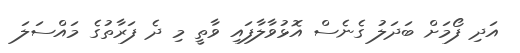
އަދި ފޯމަށް ބަދަލު ގެނެސް އޮޅުވާލާފައި ވާތީ މި ދެ ފަރާތުގެ މައްސަލަ